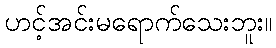
ဟင့်အင်းမရောက်သေးဘူး။